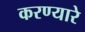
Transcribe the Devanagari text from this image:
करण्यारे